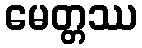
မေတ္တဿ